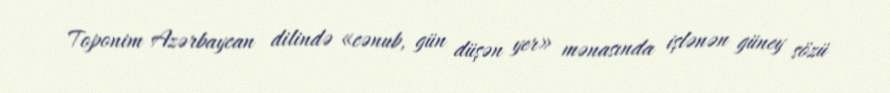
Toponim Azərbaycan dilində «cənub, gün düşən yer» mənasında işlənən güney sözü